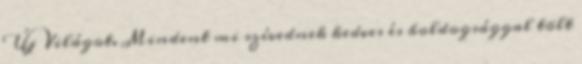
Új Világot. Mindent mi szívednek kedves és boldogsággal tölt